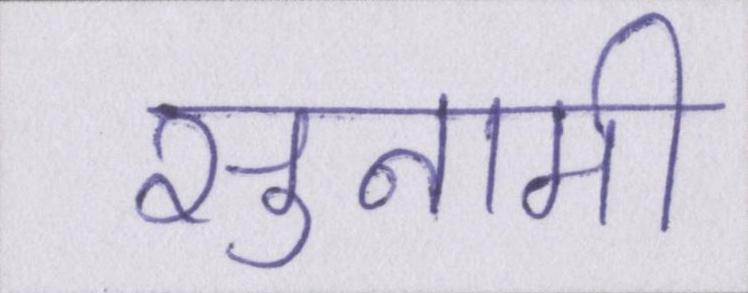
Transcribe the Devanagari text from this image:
सुनामी